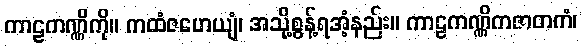
ကာဠကဏ္ဏိကို။ ကထံဇဟေယျံ၊ အသို့စွန့်ရအံ့နည်း။ ကာဠကဏ္ဏိကဇာတကံ၊